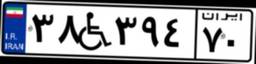
۳۸W۳۹۴۷۰